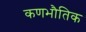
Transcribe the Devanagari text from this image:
कणभौतिक